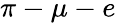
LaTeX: \pi-\mu-e